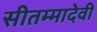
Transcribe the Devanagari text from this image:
सीतम्मादेवी